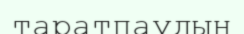
таратпаудың